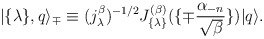
\begin{align*}| \{ \lambda \}, q \rangle_{\mp} \equiv(j_{\lambda}^{\beta})^{-1/2}J_{\{ \lambda \} }^{(\beta)}(\{ \mp {\alpha_{-n} \over \sqrt{\beta}} \} )|q \rangle.\end{align*}